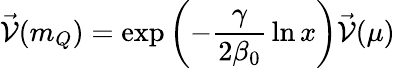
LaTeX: \vec{\cal V}(m_{Q})=\exp\left(-\frac{\gamma}{2\beta_{0}}\, \ln x\right)\vec{\cal V}(\mu)